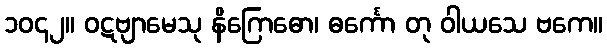
၁၀၄၂။ ဝဋဗျာမေသု နိဂြောဓော၊ ဓင်္ကော တု ဝါယသေ ဗကေ။